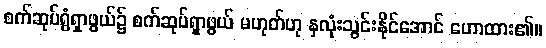
စက်ဆုပ်ရွံရှာဖွယ်၌ စက်ဆုပ်ရှာဖွယ် မဟုတ်ဟု နှလုံးသွင်းနိုင်အောင် ဟောထား၏။